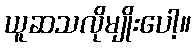
ယူဆသလိုမျိုးပေါ့။